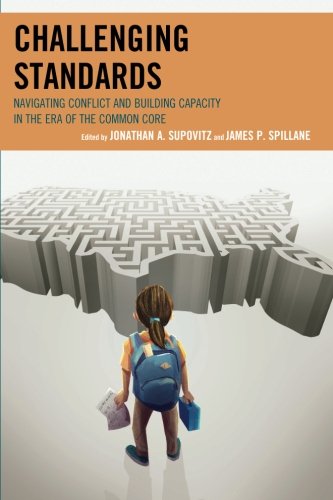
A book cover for Challenging Standards: Navigating Conflict and Building Capacity in the Era of the Common Core; Jonathan A. Supovitz; Education & Teaching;